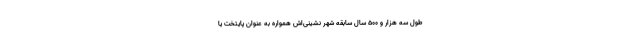
طول سه هزار و ۵۰۰ سال سابقه شهر نشینی‌اش همواره به عنوان پایتخت یا